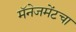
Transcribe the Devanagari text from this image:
मॅनेजमेंटचा